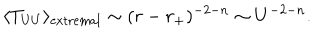
\langle T _ { U U } \rangle _ { \mathrm { e x t r e m a l } } \sim ( r - r _ { + } ) ^ { - 2 - n } \sim U ^ { - 2 - n } .